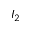
I _ { 2 }